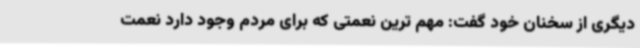
دیگری از سخنان خود گفت: مهم ترین نعمتی که برای مردم وجود دارد نعمت